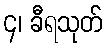
၄၊ ခီရသုတ်